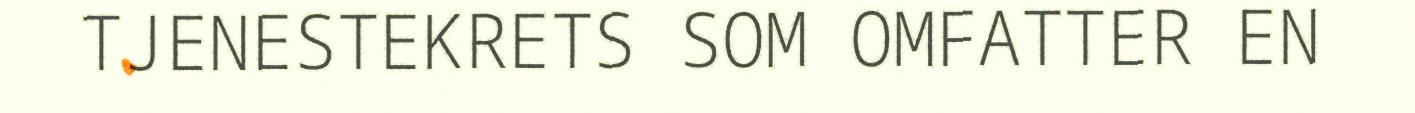
TJENESTEKRETS SOM OMFATTER EN